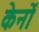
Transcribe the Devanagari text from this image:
केर्नो